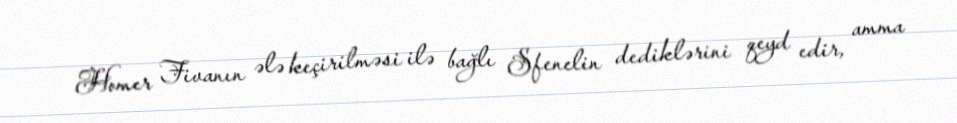
Homer Fivanın ələ keçirilməsi ilə bağlı Sfenelin dediklərini qeyd edir, amma